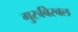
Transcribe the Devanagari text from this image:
गुरुबिरबल